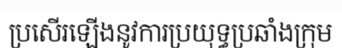
ប្រសើរឡើងនូវការប្រយុទ្ធប្រឆាំងក្រុម